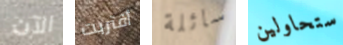
الآن أقتربت سائلة ستحاولين